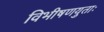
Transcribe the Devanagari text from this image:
विभीषणयुताः